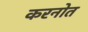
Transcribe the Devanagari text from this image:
करनोत